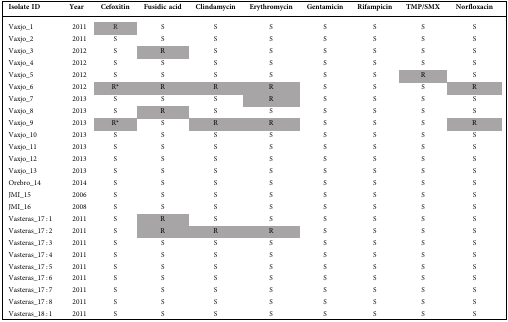
<table><thead><tr><td><b>Isolate ID</b></td><td><b>Year</b></td><td><b>Cefoxitin</b></td><td><b>Fusidic acid</b></td><td><b>Clindamycin</b></td><td><b>Erythromycin</b></td><td><b>Gentamicin</b></td><td><b>Rifampicin</b></td><td><b>TMP/SMX</b></td><td colspan="2"><b>Norfloxacin</b></td></tr></thead><tbody><tr><td>Vaxjo_1</td><td>2011</td><td>R</td><td>S</td><td>S</td><td>S</td><td>S</td><td>S</td><td>S</td><td colspan="2">S</td></tr><tr><td>Vaxjo_2</td><td>2011</td><td>S</td><td>S</td><td>S</td><td>S</td><td>S</td><td>S</td><td>S</td><td colspan="2">S</td></tr><tr><td>Vaxjo_3</td><td>2012</td><td>S</td><td>R</td><td>S</td><td>S</td><td>S</td><td>S</td><td>S</td><td colspan="2">S</td></tr><tr><td>Vaxjo_4</td><td>2012</td><td>S</td><td>S</td><td>S</td><td>S</td><td>S</td><td>S</td><td>S</td><td colspan="2">S</td></tr><tr><td>Vaxjo_5</td><td>2012</td><td>S</td><td>S</td><td>S</td><td>S</td><td>S</td><td>S</td><td>R</td><td colspan="2">S</td></tr><tr><td>Vaxjo_6</td><td>2012</td><td>R*</td><td>R</td><td>R</td><td>R</td><td>S</td><td>S</td><td>S</td><td colspan="2">R</td></tr><tr><td>Vaxjo_7</td><td>2013</td><td>S</td><td>S</td><td>S</td><td>R</td><td>S</td><td>S</td><td>S</td><td colspan="2">S</td></tr><tr><td>Vaxjo_8</td><td>2013</td><td>S</td><td>R</td><td>S</td><td>S</td><td>S</td><td>S</td><td>S</td><td colspan="2">S</td></tr><tr><td>Vaxjo_9</td><td>2013</td><td>R*</td><td>S</td><td>R</td><td>R</td><td>S</td><td>S</td><td>S</td><td colspan="2">R</td></tr><tr><td>Vaxjo_10</td><td>2013</td><td>S</td><td>S</td><td>S</td><td>S</td><td>S</td><td>S</td><td>S</td><td colspan="2">S</td></tr><tr><td>Vaxjo_11</td><td>2013</td><td>S</td><td>S</td><td>S</td><td>S</td><td>S</td><td>S</td><td>S</td><td colspan="2">S</td></tr><tr><td>Vaxjo_12</td><td>2013</td><td>S</td><td>S</td><td>S</td><td>S</td><td>S</td><td>S</td><td>S</td><td colspan="2">S</td></tr><tr><td>Vaxjo_13</td><td>2013</td><td>S</td><td>S</td><td>S</td><td>S</td><td>S</td><td>S</td><td>S</td><td colspan="2">S</td></tr><tr><td>Orebro_14</td><td>2014</td><td>S</td><td>S</td><td>S</td><td>S</td><td>S</td><td>S</td><td>S</td><td colspan="2">S</td></tr><tr><td>JMI_15</td><td>2006</td><td>S</td><td>S</td><td>S</td><td>S</td><td>S</td><td>S</td><td>S</td><td colspan="2">S</td></tr><tr><td>JMI_16</td><td>2008</td><td>S</td><td>S</td><td>S</td><td>S</td><td>S</td><td>S</td><td>S</td><td colspan="2">S</td></tr><tr><td>Vasteras_17 : 1</td><td>2011</td><td>S</td><td>R</td><td>S</td><td>S</td><td>S</td><td>S</td><td>S</td><td colspan="2">S</td></tr><tr><td>Vasteras_17 : 2</td><td>2011</td><td>S</td><td>R</td><td>R</td><td>R</td><td>S</td><td>S</td><td>S</td><td colspan="2">S</td></tr><tr><td>Vasteras_17 : 3</td><td>2011</td><td>S</td><td>S</td><td>S</td><td>S</td><td>S</td><td>S</td><td>S</td><td colspan="2">S</td></tr><tr><td>Vasteras_17 : 4</td><td>2011</td><td>S</td><td>S</td><td>S</td><td>S</td><td>S</td><td>S</td><td>S</td><td colspan="2">S</td></tr><tr><td>Vasteras_17 : 5</td><td>2011</td><td>S</td><td>S</td><td>S</td><td>S</td><td>S</td><td>S</td><td>S</td><td colspan="2">S</td></tr><tr><td>Vasteras_17 : 6</td><td>2011</td><td>S</td><td>S</td><td>S</td><td>S</td><td>S</td><td>S</td><td>S</td><td colspan="2">S</td></tr><tr><td>Vasteras_17 : 7</td><td>2011</td><td>S</td><td>S</td><td>S</td><td>S</td><td>S</td><td>S</td><td>S</td><td colspan="2">S</td></tr><tr><td>Vasteras_17 : 8</td><td>2011</td><td>S</td><td>S</td><td>S</td><td>S</td><td>S</td><td>S</td><td>S</td><td colspan="2">S</td></tr><tr><td>Vasteras_18 : 1</td><td>2011</td><td>S</td><td>S</td><td>S</td><td>S</td><td>S</td><td>S</td><td>S</td><td colspan="2">S</td></tr></tbody></table>